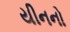
યીનનો